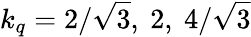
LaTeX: k_{q}={2}/{\sqrt{3}},\ 2,\ {4}/{\sqrt{3}}